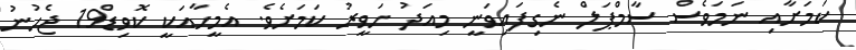
ކަމަށާއި ނަމަވެސް ސާމްޕަލް ނެގިފައިވަނީ މިއަދު ހަވީރު ކަމަށެވެ. އެމީހާއަކީ ކޮވިޑް19 ޖެހުނު